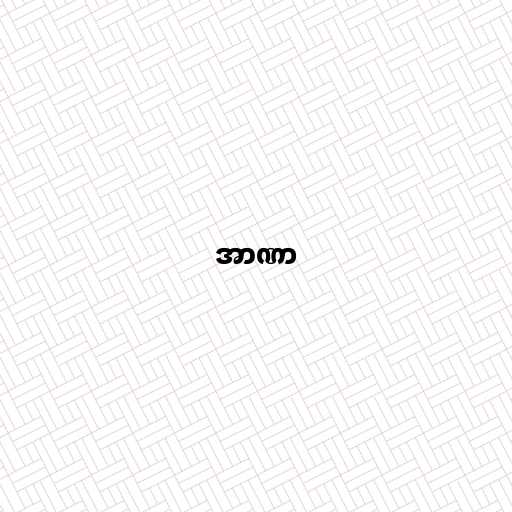
အာဏာ